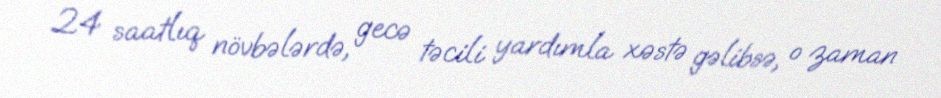
24 saatlıq növbələrdə, gecə təcili yardımla xəstə gəlibsə, o zaman